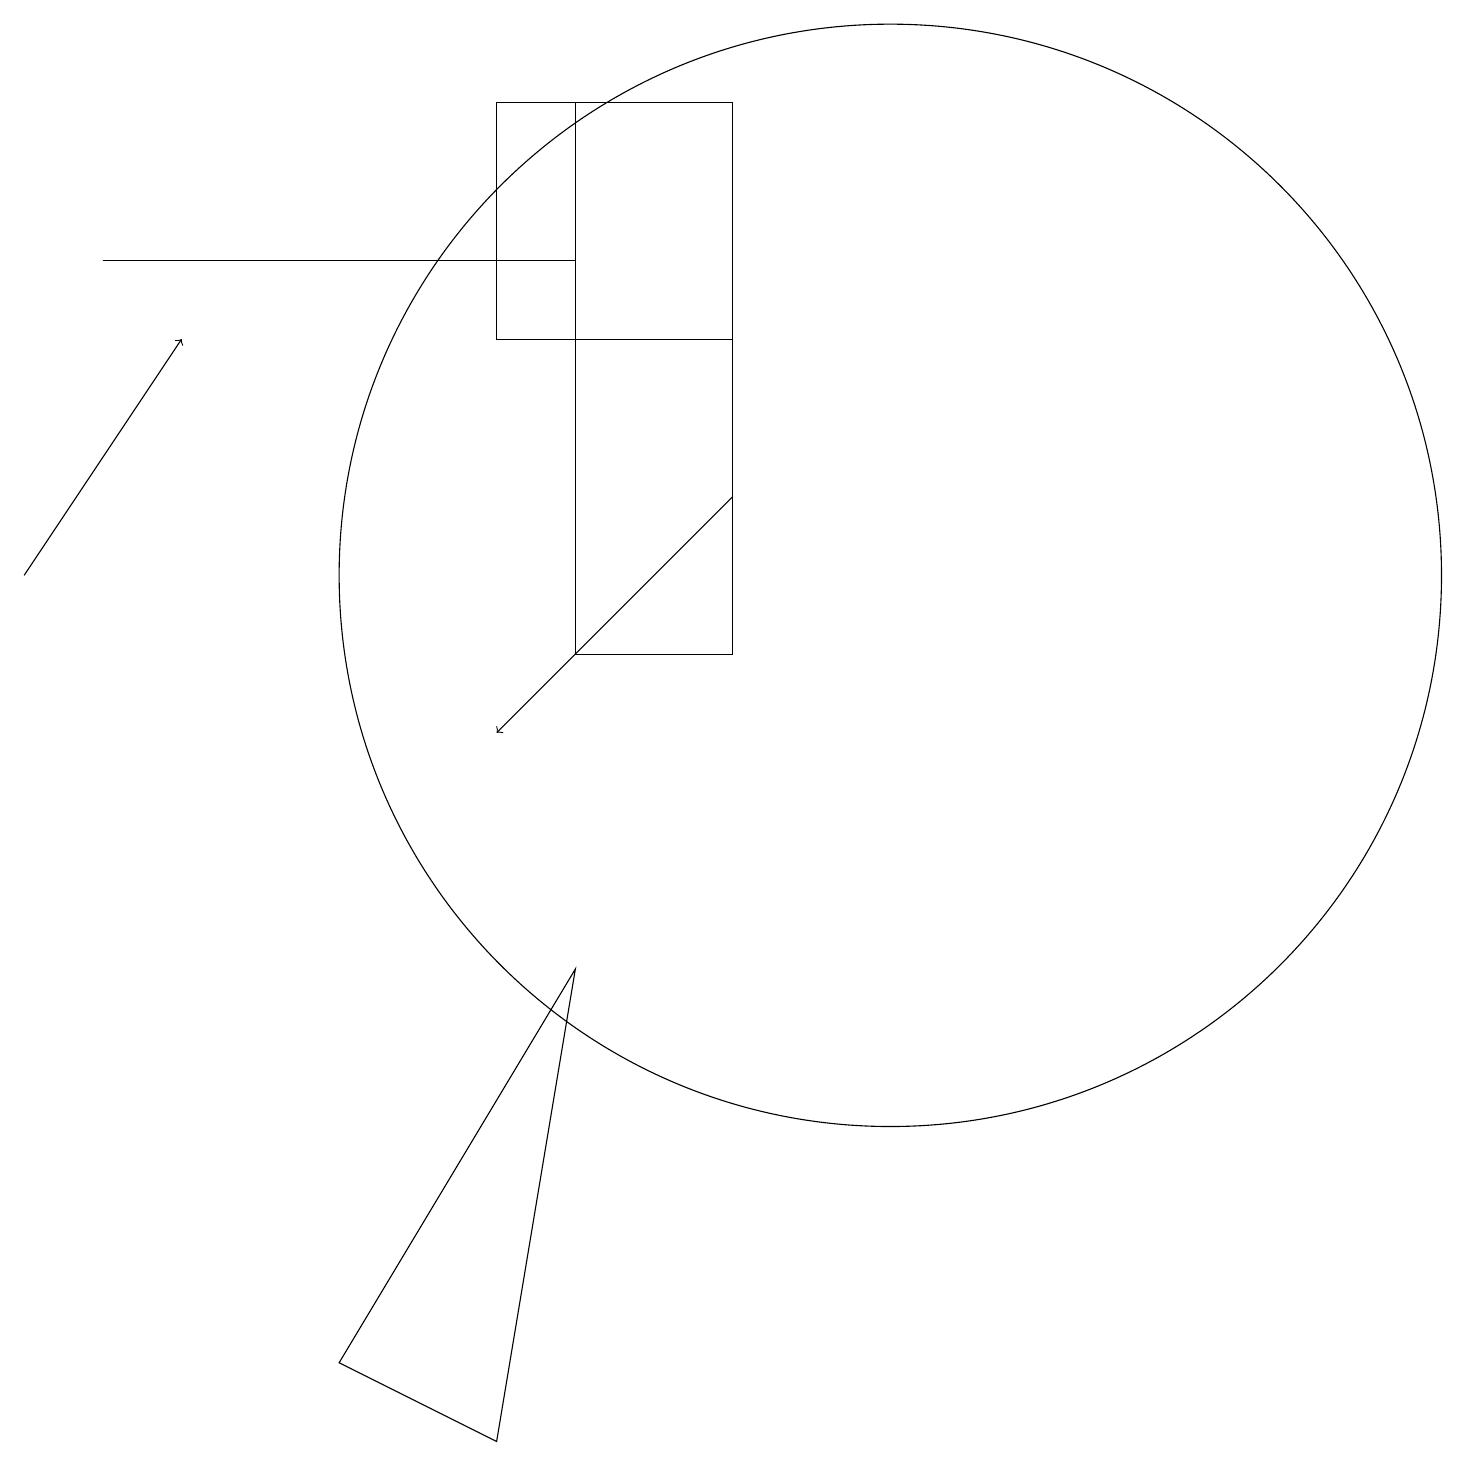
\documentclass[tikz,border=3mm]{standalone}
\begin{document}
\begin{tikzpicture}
\draw (7,11) rectangle (9,18);
\draw (11,12) circle (7);
\draw (6,15) rectangle (9,18);
\draw[->] (9,13) -- (6,10);
\draw[->] (0,12) -- (2,15);
\draw (6,1) -- (7,7) -- (4,2) -- cycle;
\draw (1,16) rectangle (7,16);
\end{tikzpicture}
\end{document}